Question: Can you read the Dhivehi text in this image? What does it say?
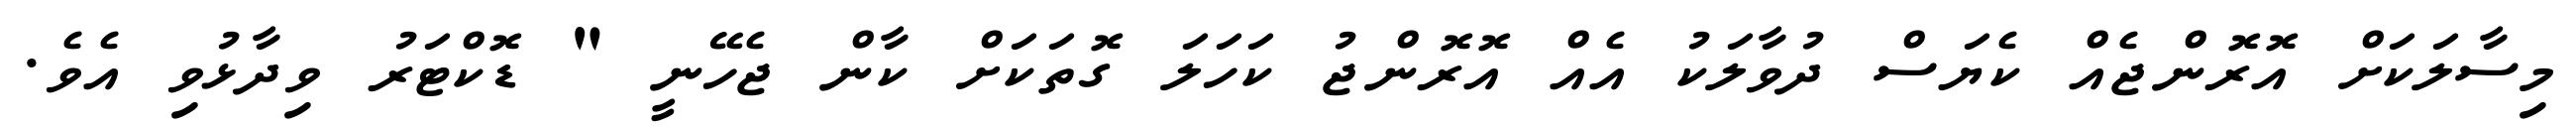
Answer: މިސާލަކަށް އޮރޮންޖެއް ކެޔަސް ދުވާލަކު އެއް އޮރޮންޖު ކަހަލަ ގޮތަކަށް ކާން ޖެހޭނީ " ޑޮކްޓަރު ވިދާޅުވި އެވެ.